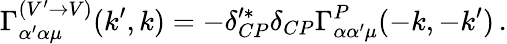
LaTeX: \Gamma_{\alpha^{\prime}\alpha\mu}^{(V^{\prime}\rightarrow V)}(k^{\prime},k)=-\delta_{CP}^{\prime\ast}\delta_{CP}\Gamma_{\alpha\alpha^{\prime}\mu}^{P}(-k,-k^{\prime})\, .